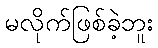
မလိုက်ဖြစ်ခဲ့ဘူး